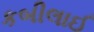
કબીલાઈ